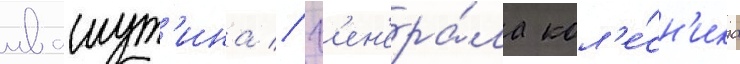
ивашут'ина // Г'ен'ера́ла кол'е́сн'ика